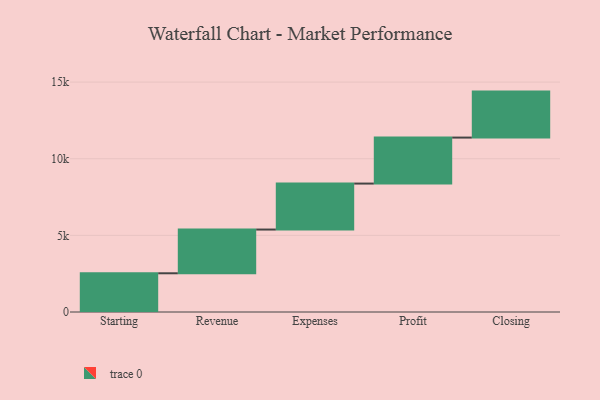
{"axis": {"x": "Step", "y": "Value"}, "legend": [""], "data": [{"x": "Starting", "y": 2526.0, "type": ""}, {"x": "Revenue", "y": 2853.0, "type": ""}, {"x": "Expenses", "y": 3000, "type": ""}, {"x": "Profit", "y": 3000, "type": ""}, {"x": "Closing", "y": 3000, "type": ""}]}